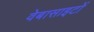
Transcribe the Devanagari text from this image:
वेबासाइटों